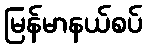
မြန်မာနယ်စပ်